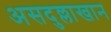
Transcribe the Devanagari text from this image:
असदुल्लाखान